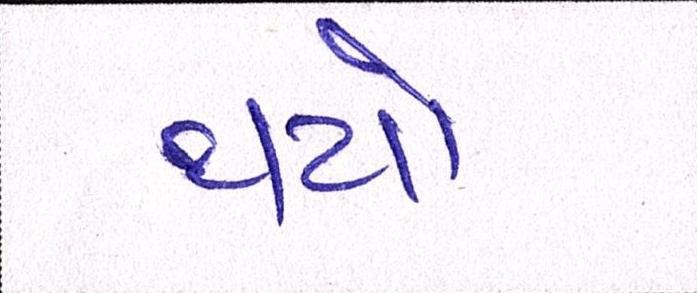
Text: થયો